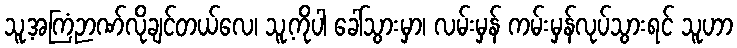
သူ့အကြံဉာဏ်လိုချင်တယ်လေ၊ သူ့ကိုပါ ခေါ်သွားမှာ၊ လမ်းမှန် ကမ်းမှန်လုပ်သွားရင် သူဟာ